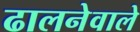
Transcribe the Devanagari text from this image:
ढालनेवाले